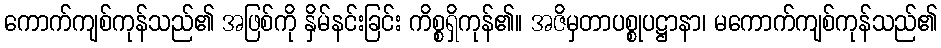
ကောက်ကျစ်ကုန်သည်၏ အဖြစ်ကို နှိမ်နင်းခြင်း ကိစ္စရှိကုန်၏။ အဇိမှတာပစ္စုပဋ္ဌာနာ၊ မကောက်ကျစ်ကုန်သည်၏